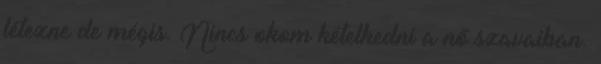
létezne de mégis. Nincs okom kételkedni a nő szavaiban.